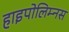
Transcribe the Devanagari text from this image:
हाइपोलिम्नस